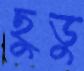
ছুডু